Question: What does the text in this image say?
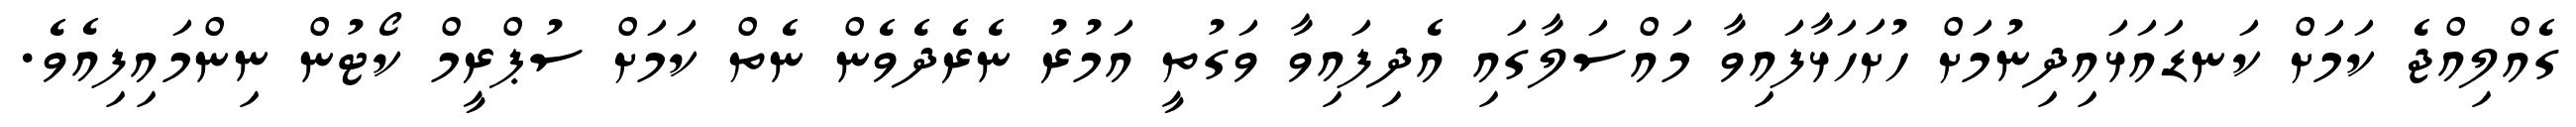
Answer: ގެއްލިއްޖެ ކަމަށް ކަނޑައަޅައިދިނުމަށް ހުށަހަޅާފައިވާ މައްސަލާގައި އެދިފައިވާ ވަގުތީ އަމުރު ނެރެދެވެން ނެތް ކަމަށް ސުޕްރީމް ކޯޓުން ނިންމައިފިއެވެ.